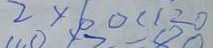
2 \times 6 0 < 1 2 0